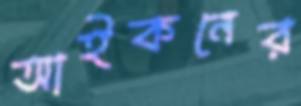
আইকনের